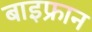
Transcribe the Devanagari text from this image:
बाइफ्रान